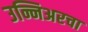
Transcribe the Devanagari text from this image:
उन्निअरचा